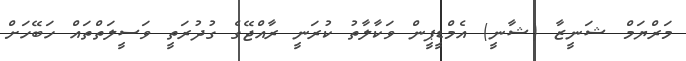
މަރްޔަމް ޝަނީޒާ (ޝާނީ) އެމްޑީޕީން ވަކާލާތު ކުރަނީ ރާއްޖޭގެ ގުދުރަތީ ވަސީލަތްތައް ހަބޭހަށް